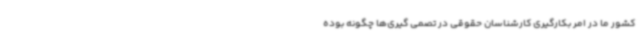
کشور ما در امر بکارگیری کارشناسان حقوقی در تصمی‌ گیری‌ها چگونه بوده